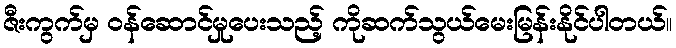
ဇီးကွက်မှ ၀န်ဆောင်မှုပေးသည့် ကိုဆက်သွယ်မေးမြန်းနိုင်ပါတယ်။